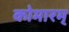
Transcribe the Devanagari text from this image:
कोमारम्